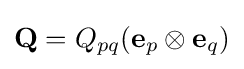
\mathbf {Q} =Q_{pq}(\mathbf {e} _{p}\otimes \mathbf {e} _{q})